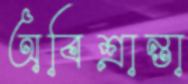
অবিশ্রান্তা